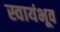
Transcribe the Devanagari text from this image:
स्वायंभूव